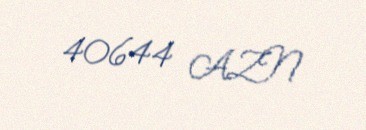
40644 AZN